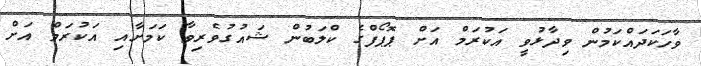
ވާހަކަދައްކަމުން ވިދާޅުވީ އަކުރަމް އަށް ޕޮޕޯފްގެ ކްލަބުން ޝައުގުވެރިވާ ކަމަށާއި އަކުރަމް އަށް